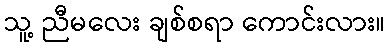
သူ့ ညီမလေး ချစ်စရာ ကောင်းလား။